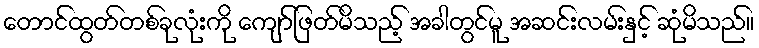
တောင်ထွတ်တစ်ခုလုံးကို ကျော်ဖြတ်မိသည့် အခါတွင်မူ အဆင်းလမ်းနှင့် ဆုံမိသည်။